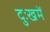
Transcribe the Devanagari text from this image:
दुःखमें